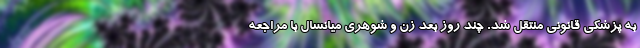
به پزشکی قانونی منتقل شد. چند روز بعد زن و شوهری میانسال با مراجعه